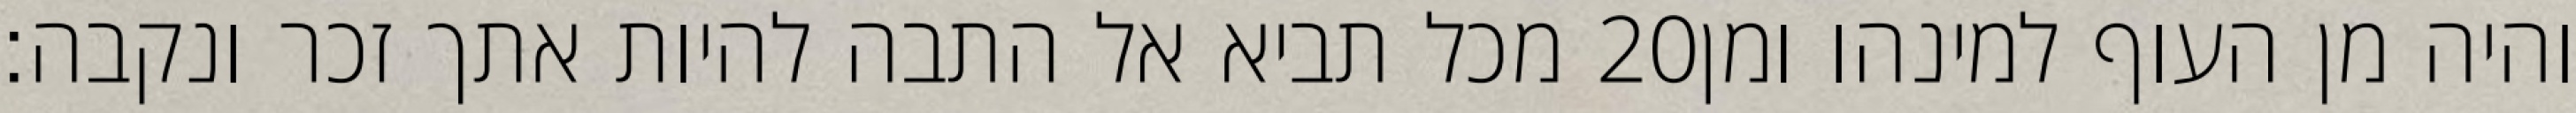
מכל תביא אל התבה להיות אתך זכר ונקבה׃ ‎20‏ והיה מן העוף למינהו ומן